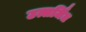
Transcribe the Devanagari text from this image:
उत्सर्जिंत